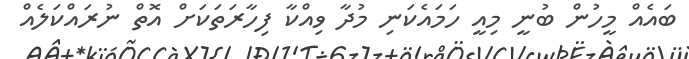
ބައެއް މީހުން ބުނީ މިއީ ހަމައެކަނި މުދާ ވިއްކާ ފިހާރަތަކަށް އޮތް ނުރައްކަލެއް